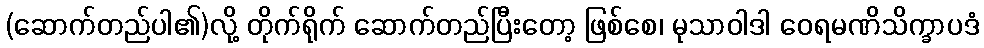
(ဆောက်တည်ပါ၏)လို့ တိုက်ရိုက် ဆောက်တည်ပြီးတော့ ဖြစ်စေ၊ မုသာဝါဒါ ဝေရမဏိသိက္ခာပဒံ